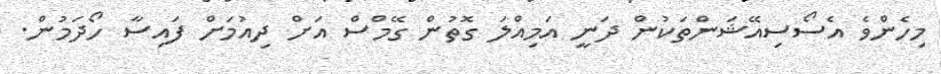
މިހެންވެ އެސޯސިއޭޝަންތަކުން ދަނީ އަމިއްލަ ގޮތުން ގޭމްސް އަށް ދިއުމަށް ފައިސާ ހޯދަމުން.